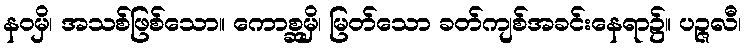
နဝမှိ၊ အသစ်ဖြစ်သော။ ကောစ္ဆမှိ၊ မြတ်သော ခတ်ကျစ်အခင်းနေရာ၌။ ပဉ္ဇလီ၊